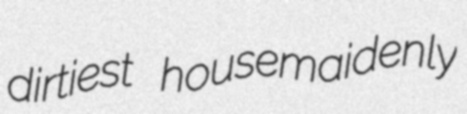
dirtiest housemaidenly